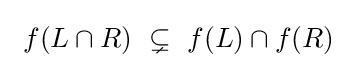
~f(L\cap R)~\subsetneq ~f(L)\cap f(R)~